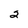
Character: 2